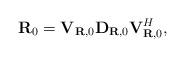
LaTeX: \begin{align*}\textbf{R}_0=\textbf{V}_{\textbf{R},0}\textbf{D}_{\textbf{R},0}\textbf{V}_{\textbf{R},0}^H,\end{align*}